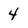
Character: 4